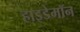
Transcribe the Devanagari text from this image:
हाइडेमॉन